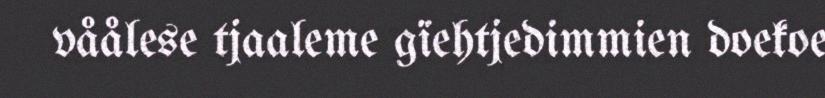
våålese tjaaleme gïehtjedimmien doekoe